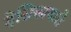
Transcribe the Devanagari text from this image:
देसिकाचारी